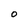
Character: O